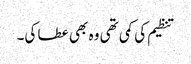
تنظیم کی کمی تھی وہ بھی عطا کی۔